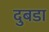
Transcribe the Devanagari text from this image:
दुबडा